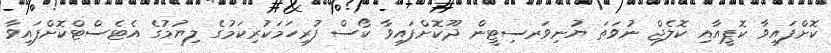
ކޮށްފައިވާ ކޮޕީއާއި ކޮލެޖް ނުވަތަ ޔުނިވަރސިޓީން ދޫކޮށްފައިވާ ކޯސް ފުރިހަމަކުރިކަމުގެ ލިޔުމުގެ އެޓެސްޓްކޮށްފައިވާ